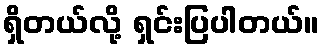
ရှိတယ်လို့ ရှင်းပြပါတယ်။